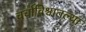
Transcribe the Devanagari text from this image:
चर्चाविश्वातल्या